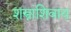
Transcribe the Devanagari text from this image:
शस्त्रांशिवाय